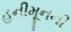
હનીમૂનની